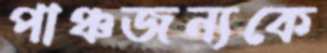
পাঞ্চজন্যকে